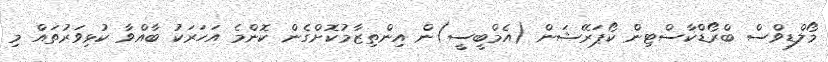
މޯލްޑިވްސް ބްރޯޑްކާސްޓިން ކޯޕަރޭޝަން (އެމްބީސީ)ން އިންތިޒާމުކޮށްގެން ކޮންމެ އަހަރަކު ބާއްވާ ކުޅިވަރުތައް މި